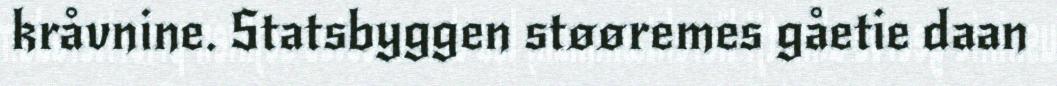
kråvnine. Statsbyggen støøremes gåetie daan